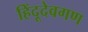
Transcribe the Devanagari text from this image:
हिंदूदेवगण